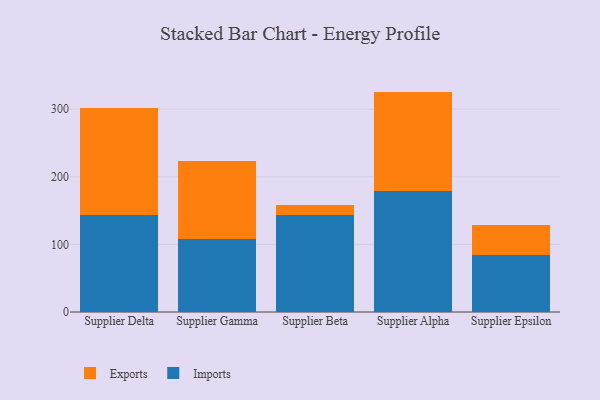
{"axis": {"x": "Supplier", "y": "Waste Production (Tons)"}, "legend": ["Exports", "Imports"], "data": [{"x": "Supplier Delta", "y": 143.7, "type": "Imports"}, {"x": "Supplier Delta", "y": 157.7, "type": "Exports"}, {"x": "Supplier Gamma", "y": 108.1, "type": "Imports"}, {"x": "Supplier Gamma", "y": 115.7, "type": "Exports"}, {"x": "Supplier Beta", "y": 144.0, "type": "Imports"}, {"x": "Supplier Beta", "y": 14.8, "type": "Exports"}, {"x": "Supplier Alpha", "y": 179.6, "type": "Imports"}, {"x": "Supplier Alpha", "y": 146.4, "type": "Exports"}, {"x": "Supplier Epsilon", "y": 83.6, "type": "Imports"}, {"x": "Supplier Epsilon", "y": 44.7, "type": "Exports"}]}